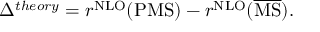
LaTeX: \Delta ^ { t h e o r y } = r ^ { \mathrm { { N L O } } } ( \mathrm { { P M S } } ) - r ^ { \mathrm { { N L O } } } ( \overline { { \mathrm { { M S } } } } ) .